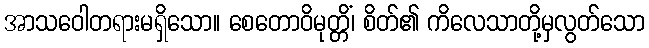
အာသဝေါတရားမရှိသော။ စေတောဝိမုတ္တိံ၊ စိတ်၏ ကိလေသာတို့မှလွတ်သော